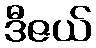
ဒီဇယ်